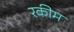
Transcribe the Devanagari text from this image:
रकीम